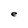
Character: e